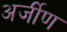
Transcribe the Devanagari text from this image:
अर्जीण